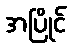
အပြိုင်